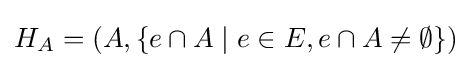
H_{A}=\left(A,\lbrace e\cap A\mid e\in E,e\cap A\neq \emptyset \rbrace \right)